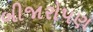
બીજારોપણ